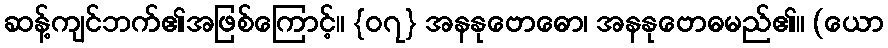
ဆန့်ကျင်ဘက်၏အဖြစ်ကြောင့်။ {၀၇} အနနုဗောဓော၊ အနနုဗောဓမည်၏။ (ယော